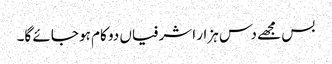
بس مجھے دس ہزار اشرفیاں دو کام ہو جائے گا۔